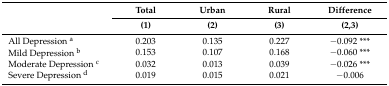
<table><thead><tr><td rowspan="2"></td><td><b>Total</b></td><td><b>Urban</b></td><td><b>Rural</b></td><td><b>Difference</b></td></tr><tr><td><b>(1)</b></td><td><b>(2)</b></td><td><b>(3)</b></td><td><b>(2,3)</b></td></tr></thead><tbody><tr><td>All Depression <sup>a</sup></td><td>0.203</td><td>0.135</td><td>0.227</td><td>−0.092 ***</td></tr><tr><td>Mild Depression <sup>b</sup></td><td>0.153</td><td>0.107</td><td>0.168</td><td>−0.060 ***</td></tr><tr><td>Moderate Depression <sup>c</sup></td><td>0.032</td><td>0.013</td><td>0.039</td><td>−0.026 ***</td></tr><tr><td>Severe Depression <sup>d</sup></td><td>0.019</td><td>0.015</td><td>0.021</td><td>−0.006</td></tr></tbody></table>